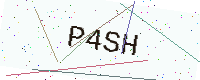
Text: P4SH